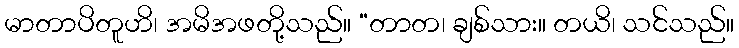
မာတာပိတူဟိ၊ အမိအဖတို့သည်။ “တာတ၊ ချစ်သား။ တယိ၊ သင်သည်။